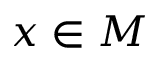
x \in M